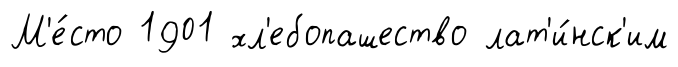
М'е́сто 1901 хл'ебопашество лат'и́нск'им